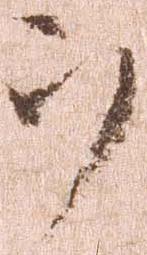
ヲ